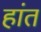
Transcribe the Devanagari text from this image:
हांत